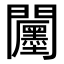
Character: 𮤪